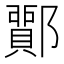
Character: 𨞵